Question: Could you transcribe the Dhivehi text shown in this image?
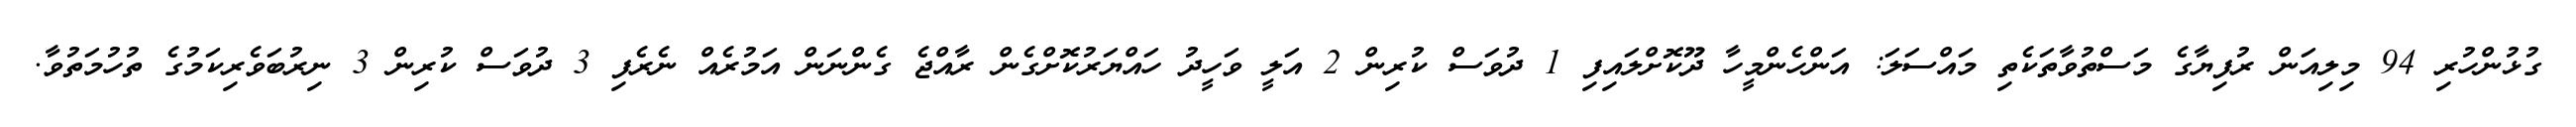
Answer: ގުޅުންހުރި 94 މިލިއަން ރުފިޔާގެ މަސްތުވާތަކެތި މައްސަލަ: އަންހެންމީހާ ދޫކޮށްލައިފި 1 ދުވަސް ކުރިން 2 އަލީ ވަހީދު ހައްޔަރުކޮށްގެން ރާއްޖެ ގެންނަން އަމުރެއް ނެރެފި 3 ދުވަސް ކުރިން 3 ނިރުބަވެރިކަމުގެ ތުހުމަތުވާ.